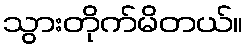
သွားတိုက်မိတယ်။